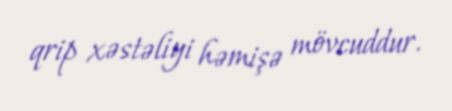
qrip xəstəliyi həmişə mövcuddur.